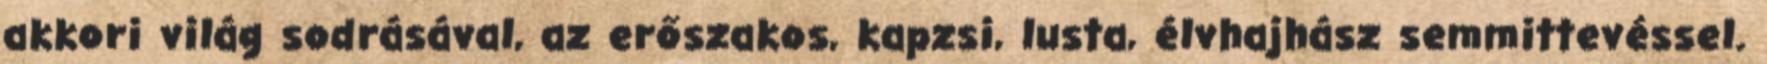
akkori világ sodrásával, az erőszakos, kapzsi, lusta, élvhajhász semmittevéssel.